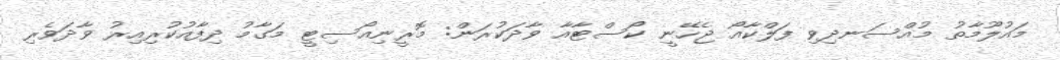
މައުލޫމާތު މުއްސަނދިވި ފަލްކާއޯ ޖެހޭނީ ކޯސްޓާއާ ވާދަކުރަން: މޮރީނިއޯސިޓީ މަގާމު ދިފާއުކުރިއިރު ވާދަވެރި